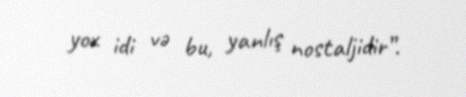
yox idi və bu, yanlış nostaljidir”.